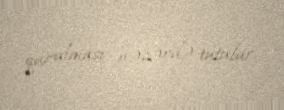
qurulması nəzərdə tutulur.